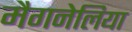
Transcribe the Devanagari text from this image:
मैगनेलिया